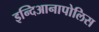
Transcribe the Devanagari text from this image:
इन्दिआनापोलिस